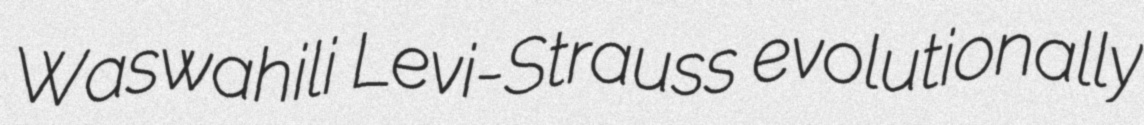
Waswahili Levi-Strauss evolutionally